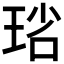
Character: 𤥮